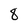
Character: 8